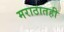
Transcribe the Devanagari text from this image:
मराठातही